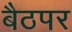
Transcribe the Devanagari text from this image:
बैठपर